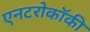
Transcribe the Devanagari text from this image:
एनटरोकॉकी